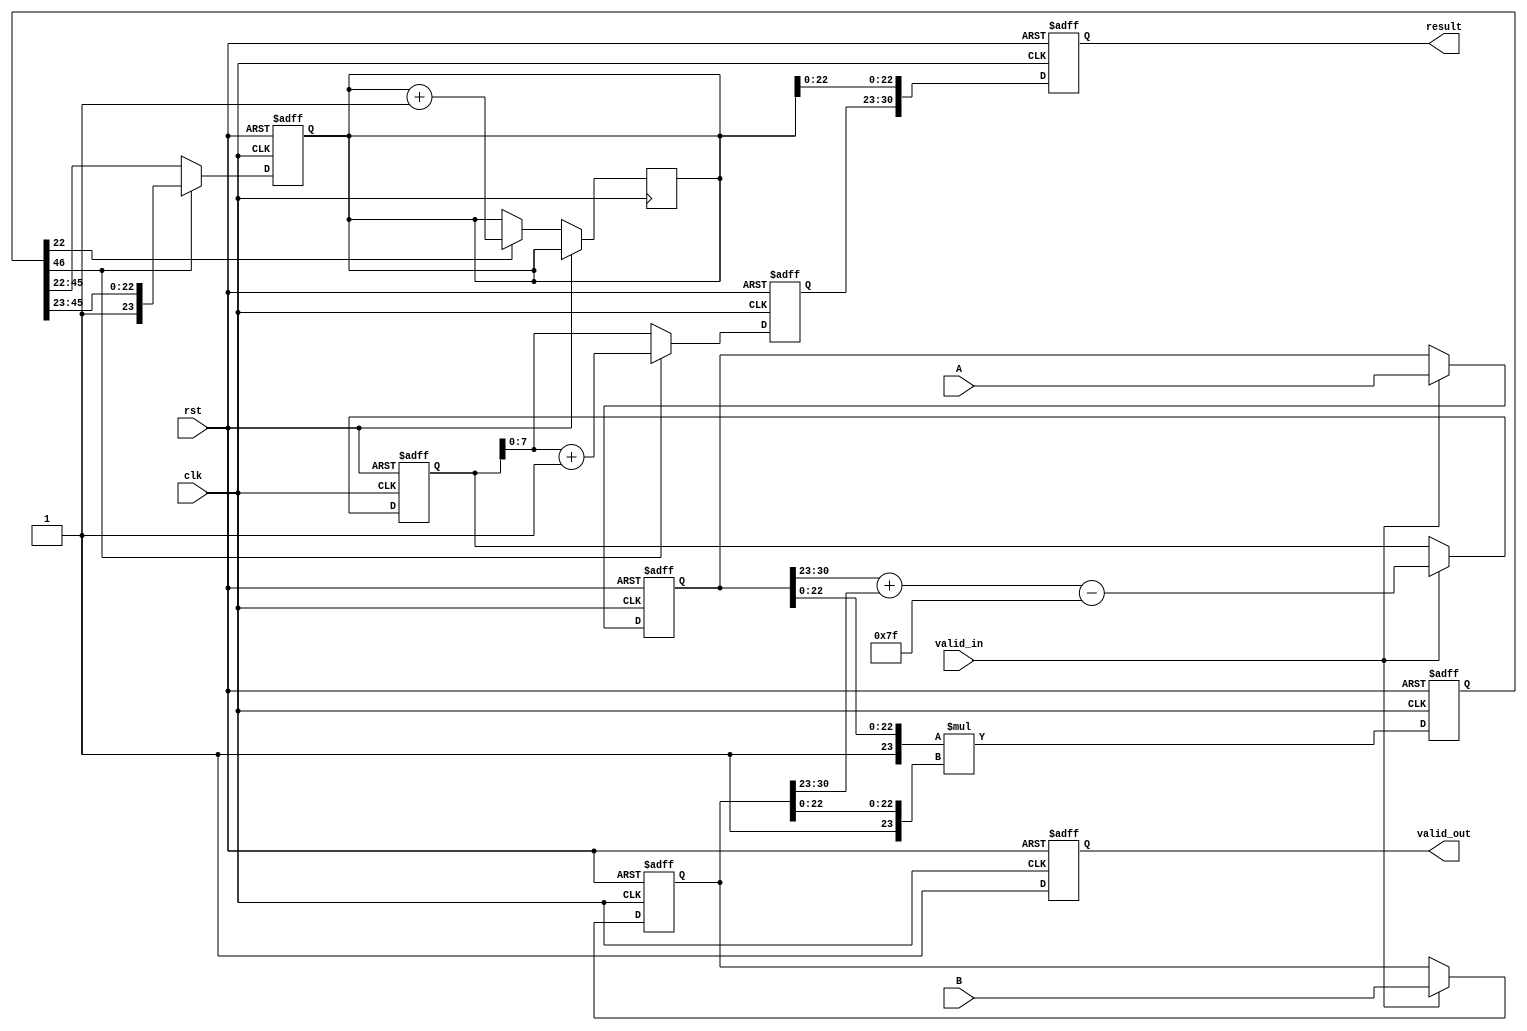
module pipelined_fp_multiplier (
    input clk,
    input rst,
    input [31:0] A, // First floating-point input
    input [31:0] B, // Second floating-point input
    input valid_in,  // Input valid signal
    output reg [31:0] result, // Resulting floating-point output
    output reg valid_out // Output valid signal
);

    // Pipeline registers
    reg [31:0] A_reg, B_reg;
    reg [1:0] sign_reg;
    reg [8:0] exp_reg; // 8 bits for exponent + 1 bit for overflow
    reg [46:0] mant_reg; // 46 bits for mantissa multiplication
    reg [23:0] mant_result; // Final mantissa result
    reg [7:0] exp_result; // Final exponent result
    reg sign_result; // Final sign result

    // Stage 1: Input and Decomposition
    always @(posedge clk or posedge rst) begin
        if (rst) begin
            A_reg <= 32'b0;
            B_reg <= 32'b0;
        end else if (valid_in) begin
            A_reg <= A;
            B_reg <= B;
        end
    end

    // Stage 2: Sign and Exponent Calculation
    always @(posedge clk or posedge rst) begin
        if (rst) begin
            sign_reg <= 2'b0;
            exp_reg <= 9'b0;
        end else if (valid_in) begin
            sign_reg <= {A_reg[31], B_reg[31]};
            exp_reg <= {1'b0, A_reg[30:23]} + {1'b0, B_reg[30:23]} - 8'd127; // Remove bias
        end
    end

    // Stage 3: Mantissa Multiplication
    always @(posedge clk or posedge rst) begin
        if (rst) begin
            mant_reg <= 47'b0;
        end else begin
            mant_reg <= {1'b1, A_reg[22:0]} * {1'b1, B_reg[22:0]}; // Implicit leading 1
        end
    end

    // Stage 4: Normalization
    always @(posedge clk or posedge rst) begin
        if (rst) begin
            mant_result <= 24'b0;
            exp_result <= 8'b0;
        end else begin
            if (mant_reg[46]) begin // If mantissa is normalized
                mant_result <= mant_reg[46:23]; // Take the top 24 bits
                exp_result <= exp_reg + 8'd1; // Increment exponent
            end else begin // If mantissa is denormalized
                mant_result <= mant_reg[45:22]; // Shift right
                exp_result <= exp_reg; // Keep exponent the same
            end
        end
    end

    // Stage 5: Rounding and Output Assembly
    always @(posedge clk or posedge rst) begin
        if (rst) begin
            result <= 32'b0;
            valid_out <= 1'b0;
        end else begin
            // Rounding logic (simple round to nearest)
            if (mant_reg[22]) begin // Check the bit for rounding
                mant_result <= mant_result + 1'b1; // Round up
            end
            
            // Assemble the final result
            result <= {sign_result, exp_result[7:0], mant_result[22:0]};
            valid_out <= 1'b1; // Indicate output is valid
        end
    end

endmodule